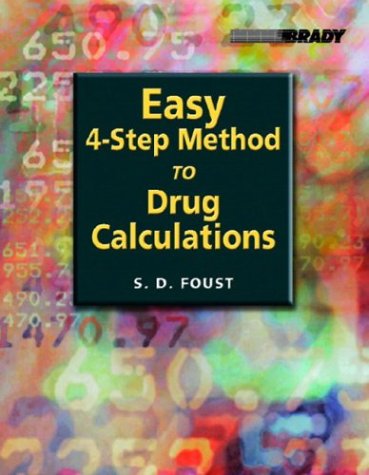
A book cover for Easy Four-Step Method to Drug Calculations; Steven D. Foust; Medical Books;